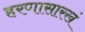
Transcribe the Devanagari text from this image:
हरणासारखं